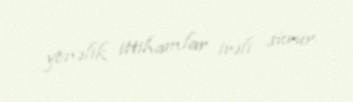
yönəlik ittihamlar irəli sürür.